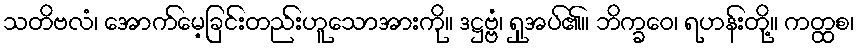
သတိဗလံ၊ အောက်မေ့ခြင်းတည်းဟူသောအားကို။ ဒဋ္ဌဗ္ဗံ၊ ရှုအပ်၏။ ဘိက္ခဝေ၊ ရဟန်းတို့။ ကတ္ထစ၊